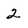
Character: 2